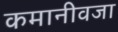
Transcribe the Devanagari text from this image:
कमानीवजा